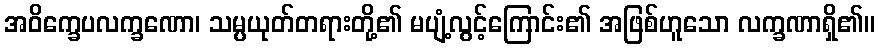
အဝိက္ခေပလက္ခဏော၊ သမ္ပယုတ်တရားတို့၏ မပျံ့လွင့်ကြောင်း၏ အဖြစ်ဟူသော လက္ခဏာရှိ၏။